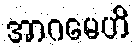
အာဂမေဟိ